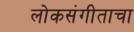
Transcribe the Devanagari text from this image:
लोकसंगीताचा